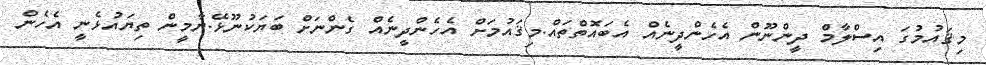
މިޤައުމުގަ އިސްލާމް ދީންނޫން އެހެންދީނެއް އެބައޮތްތައް.މިޤައުމަށް އެހެންދީނެއް ގެންނަށް ބަޔަކުނޫޅޭ.ޔާމީން ތިޔައުޅެނީ އެހެން